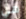
هي